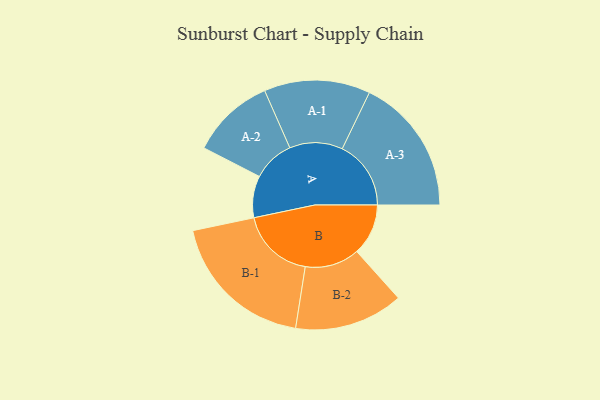
{"axis": {"x": "Segment", "y": "Value"}, "legend": ["", "A", "B"], "data": [{"x": "A", "y": 155, "type": ""}, {"x": "B", "y": 191, "type": ""}, {"x": "A-1", "y": 197, "type": "A"}, {"x": "A-2", "y": 155, "type": "A"}, {"x": "A-3", "y": 255, "type": "A"}, {"x": "B-1", "y": 275, "type": "B"}, {"x": "B-2", "y": 202, "type": "B"}]}